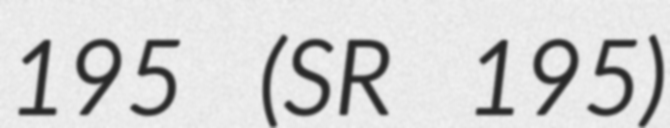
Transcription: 195 (SR 195)